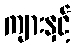
ကျားနှင့်